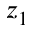
z _ { 1 }